Reports on dispensaries and lunatic asylums in the Province of Oudh - 1869-1876
Year: 1869
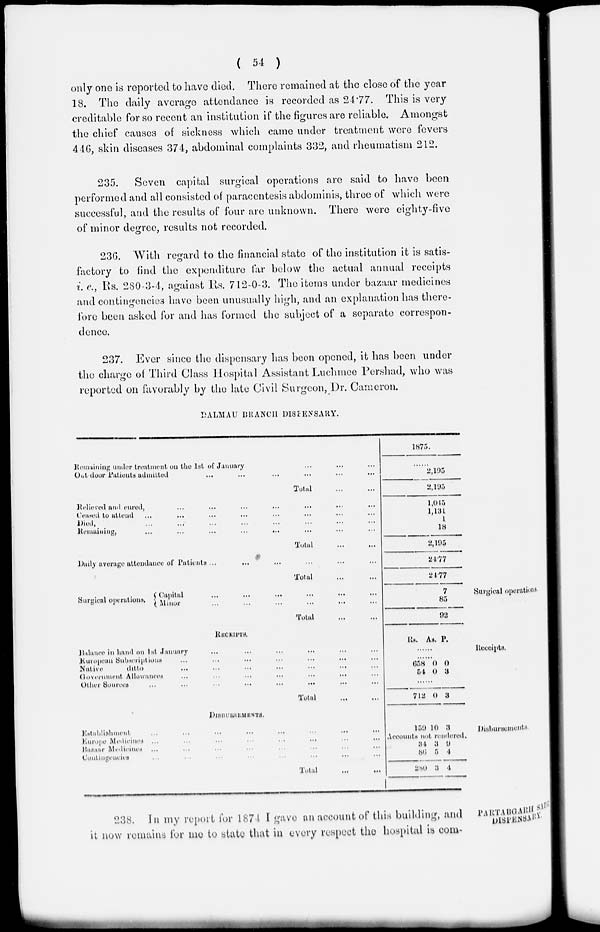
( 54 )
only one is reported to have died. There remained at the close of the year
18. The daily average attendance in recorded as 24.77. This is very
creditable for so recent an institution if the figures are reliable. Amongst
the chief causes of sickness which came under treatment were fevers
446, skin diseases 374, abdominal complaints 332, and rheumatism 212.
235.
Seven capital surgical operations are said to have been
performed and all consisted of paracentesis abdominis, three of which were
successful, and the results of four are unknown. There were eighty-five
of minor degree, results not recorded.
236. With regard to the financial state of the institution it is satis-
factory to find the expenditure far below the actual annual receipts
i.e., Rs. 280-3-4, against Rs. 712-0-3. The items under bazaar medicines
and contingencies have been unusually high, and an explanation has there-
fore been asked for and has formed the subject of a separate correspon-
dence.
237. Ever since the dispensary has been opened, it has been under
the charge of Third Class Hospital Assistant Luchmee Pershad, who was
reported on favorably by the late Civil Surgeon, Dr. Cameron.
DALMAU BRANCH DISPENSARY.
Remaining under treatment on the 1st of January ... ... ...
Out-door Patients admitted ... ... ... ... ... ...
Total
...
...
1875.
......
2,195
2,195
Relieved and cured, ... ... ... ... ... ... ...
Ceased to attend ... ... ... ... ... ... ... ...
Died, ... ... ... ... ... ... ... ...
Remaining, ... ... ... ... ... ... ... ...
Total ... ...
1,045
1,131
1
18
2,105
Daily average attendance of Patients ... ... ... ... ... ...
Total ... ...
24.77
24.77
Surgical operations
Surgical operations.
Capital ... ... ... ... ... ...
Minor ... ... ... ... ... ...
Total ... ...
7
85
92
Receipts.
RECEIPTS.
Balance in hand on 1st January ... ... ... ... ... ...
European Subscription ... ... ... ... ... ... ...
Native
ditto ... ... ... ... ... ... ...
Government Allowances ... ... ... ... ... ... ... ...
Other Sources
...
...
...
...
...
...
...
...
Total
...
...
Rs. As. P.
......
......
658
54
0
0
0
3
......
712 0 3
Disbursements.
DISBURSEMENTS.
Establishment. ... ... ... ... ... ... ... ...
Europe Medicines ... ... ... ... ... ... ... ...
Bazaar Medicines ... ... ... ... ... ... ... ...
Contingencies ... ... ... ... ... ... ... ...
Total
...
...
150 10 3
Accounts not rendered
34
86
280
3
5
3
0
4
4
PARTABGARH SADR
DISPENSARY.
238. In my report for 1874 I gave an account of this building, and
it now remains for me to state that in every respect the hospital is com-